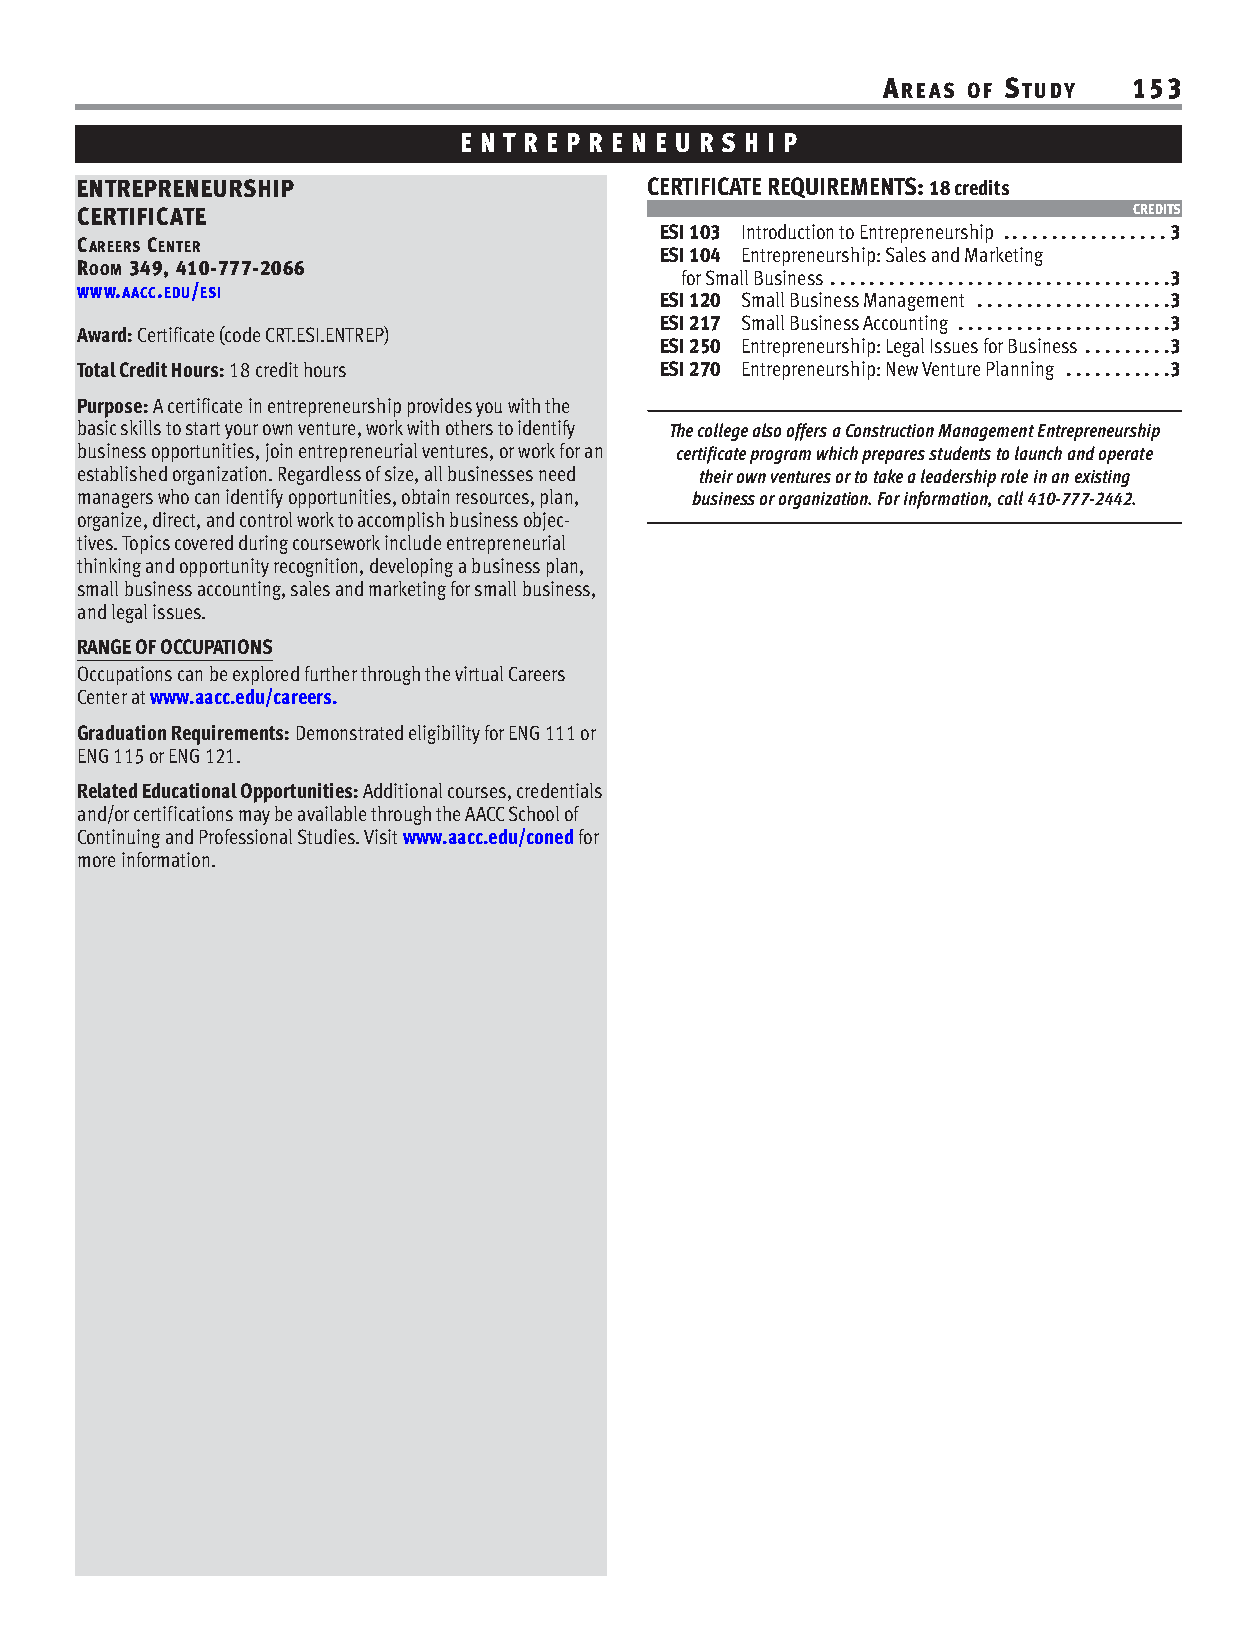
AREAS OF STUDY   153
 E N T R E P R E N E U R S H I P
 ENTREPRENEURSHIP                      CERTIFICATE REQUIREMENTS: 18 credits
 CERTIFICATE                                                           CREDITS
 ESI 103 Introduction to Entrepreneurship . . . . . . . . . . . . . . . . . 3
 CAREERS CENTER
 ESI 104 Entrepreneurship: Sales and Marketing
 ROOM 349, 410-777-2066
 for Small Business . . . . . . . . . . . . . . . . . . . . . . . . . . . . . . . . . . .3
 WWW.AACC.EDU/ESI
 ESI 120 Small Business Management . . . . . . . . . . . . . . . . . . . .3
 ESI 217 Small Business Accounting . . . . . . . . . . . . . . . . . . . . . .3
 Award: Certificate (code CRT.ESI.ENTREP)
 ESI 250 Entrepreneurship: Legal Issues for Business . . . . . . . . .3
 Total Credit Hours: 18 credit hours    ESI 270 Entrepreneurship: New Venture Planning . . . . . . . . . . .3
 Purpose: A certificate in entrepreneurship provides you with the
 basic skills to start your own venture, work with others to identify The college also offers a Construction Management Entrepreneurship
 business opportunities, join entrepreneurial ventures, or work for an certificate program which prepares students to launch and operate
 established organization. Regardless of size, all businesses need their own ventures or to take a leadership role in an existing
 managers who can identify opportunities, obtain resources, plan, business or organization. For information, call 410-777-2442.
 organize, direct, and control work to accomplish business objec-
 tives. Topics covered during coursework include entrepreneurial
 thinking and opportunity recognition, developing a business plan,
 small business accounting, sales and marketing for small business,
 and legal issues.
 RANGE OF OCCUPATIONS
 Occupations can be explored further through the virtual Careers
 Center at www.aacc.edu/careers.
 Graduation Requirements: Demonstrated eligibility for ENG 111 or
 ENG 115 or ENG 121.
 Related Educational Opportunities: Additional courses, credentials
 and/or certifications may be available through the AACC School of
 Continuing and Professional Studies. Visit www.aacc.edu/conedfor
 more information.